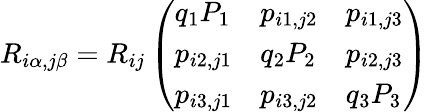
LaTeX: R_{i\alpha,j\beta}=R_{ij}\left(\begin{array}{lll}{q_{1}P_{1}}&{p_{i1,j2}}&{p_{i1,j3}}\\ {p_{i2,j1}}&{q_{2}P_{2}}&{p_{i2,j3}}\\ {p_{i3,j1}}&{p_{i3,j2}}&{q_{3}P_{3}}\end{array}\right)